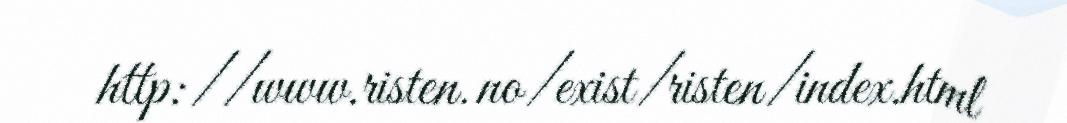
http://www.risten.no/exist/risten/index.html